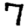
Digit: 7